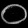
Digit: ၀